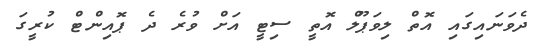
ދެވަނައިގައި އޮތް ލިވަޕޫލް އޮތީ ސިޓީ އަށް ވުރެ ދެ ޕޮއިންޓް ކުރީގަ